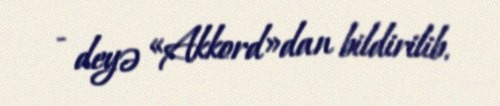
- deyə «Akkord»dan bildirilib.